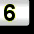
Digit: 6